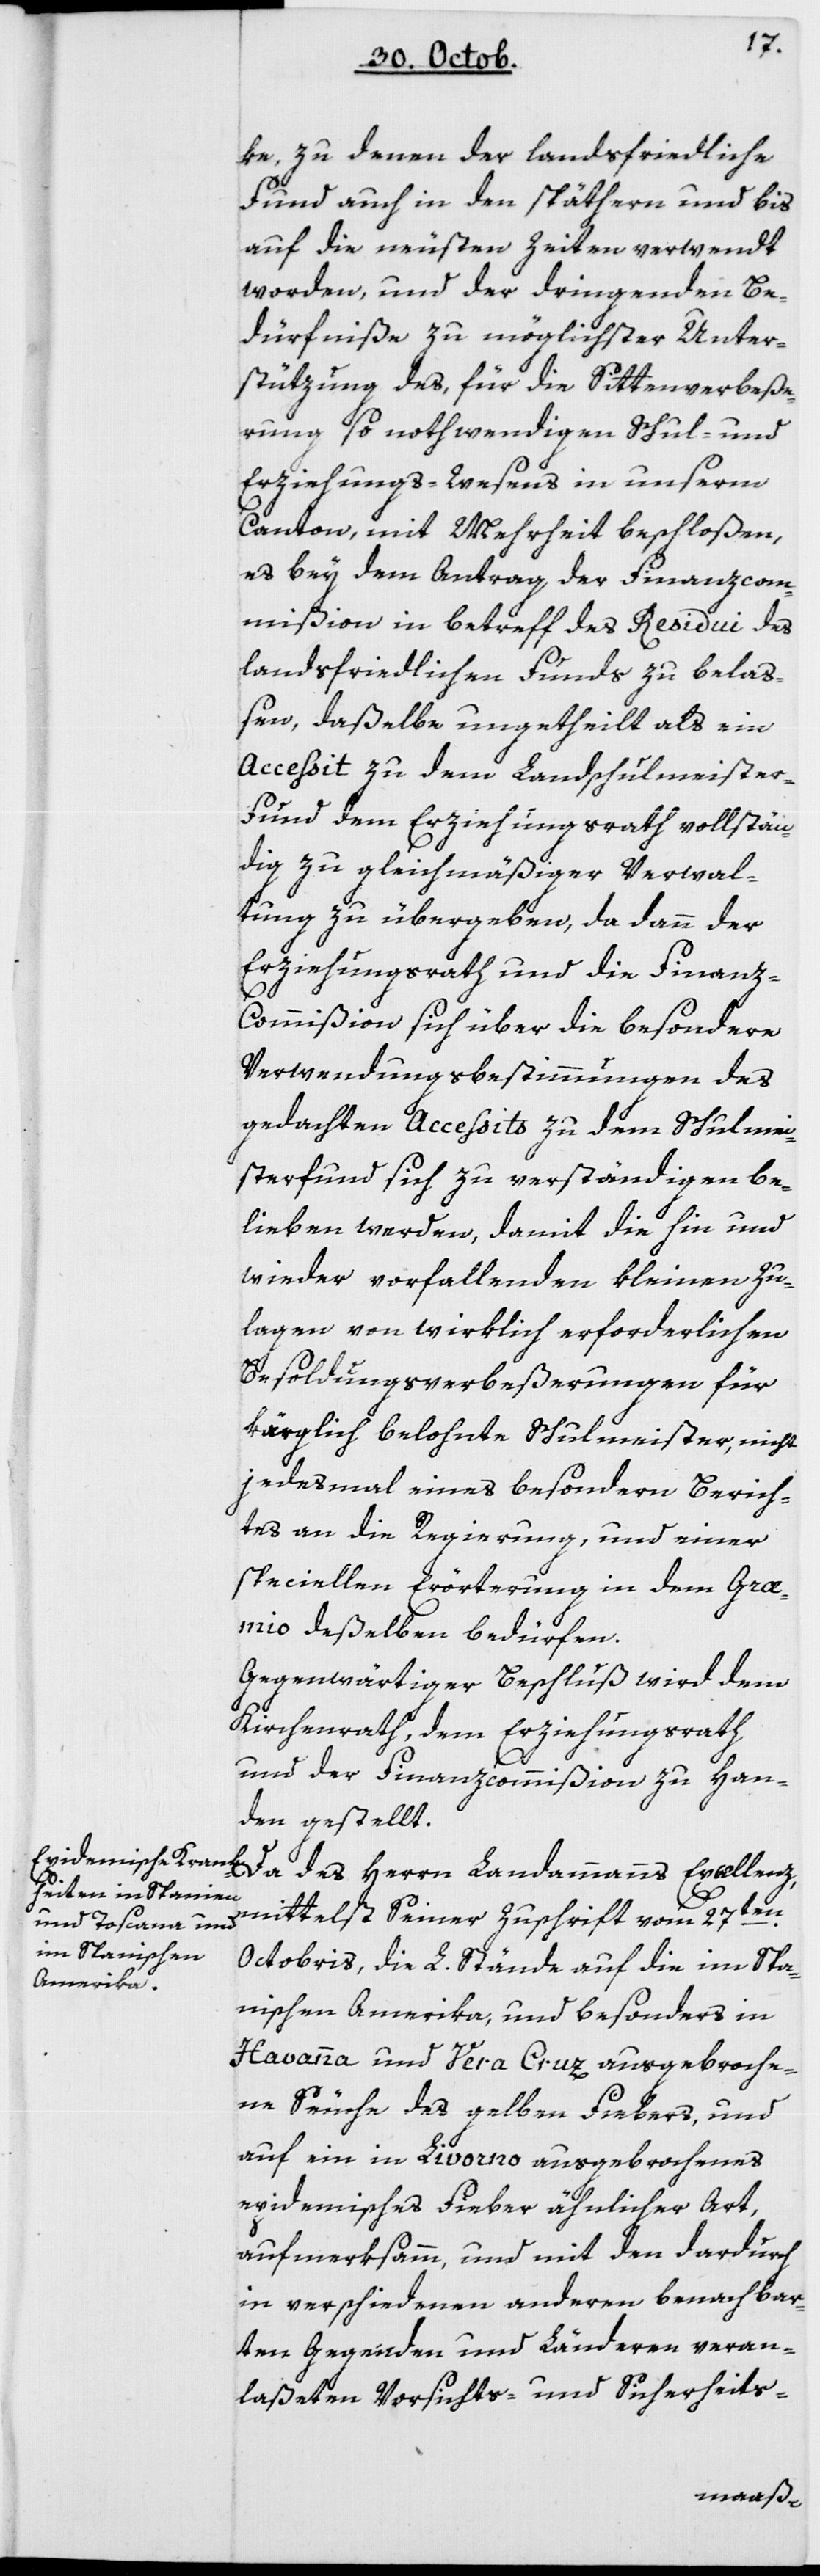
ke zu denen der Landsfriedliche
Funds auch in den späthern und bis
auf die neusten Zeiten verwendt
worden, und der dringenden Be¬
dürfniße zu möglichster Unter¬
stützung des, für die Sittenverbeße¬
rung so nothwendigen Schul- und
Erziehungs-Wesens in unserm
Canton, mit Mehrheit beschloßen,
es bey dem Antrag der Finanzcom¬
mißion in Betreff des Residui des
Landsfriedlichen Funds zu belaß¬
en, daßelbe ungetheilt als ein
Accessit zu dem Landschulmeister-F¬
unds dem Erziehungsrath vollstän¬
dig zu gleichmäßiger Verwal¬
tung zu übergeben, da dann der
Erziehungsrath und die Finan¬
z-Commißion sich über die besondere
Verwendungsbestimmungen des
gedachten Accessits zu dem Schulmei¬
sterfunds sich zu verständigen be¬
lieben werden, damit die hin und
wieder vorfallenden kleinen Zu¬
lagen von wirklich erforderlichen
Besoldungsverbeßerungen für
kärglich belohnte Schulmeister, nicht
jedesmal eines besondern Berich¬
tes an die Regierung, und einer
speciellen Erörterung in dem Græ¬
mio deßelben bedürfen.
Gegenwärtiger Beschluß wird dem
Kirchenrath, dem Erziehungsrath
und der Finanzcommißion zu Han¬
den gestellt.
Da des Herrn Landammanns Excellenz
mittelst seiner Zuschrift vom 27ten
Octobris, die L. Stände auf die im Spa¬
nischen Amerika und besonders in
Havanna und Vera Cruz ausgebroche¬
nen Seuche des gelben Fiebers, und
auf ein in Livorno ausgebrochenes
epidemisches Fieber ähnlicher Art
aufmerksamm, und mit den dardurch
in verschiedenen anderen benachbar¬
ten Gegenden und Länderen veran¬
laßeten Vorsichts- und Sicherheits-